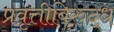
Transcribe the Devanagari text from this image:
प्रवृत्तीविरुद्ध